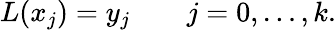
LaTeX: L(x_{j})=y_{j}\qquad j=0,\ldots,k.